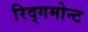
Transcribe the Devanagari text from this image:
रिद्गमोन्ट